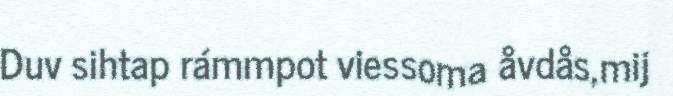
Duv sihtap rámmpot viessoma åvdås,mij